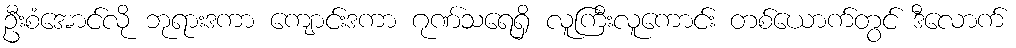
ဦးစံအောင်လို ဘုရားဒကာ ကျောင်းဒကာ ဂုဏ်သရေရှိ လူကြီးလူကောင်း တစ်ယောက်တွင် ဒီလောက်